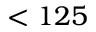
< 1 2 5